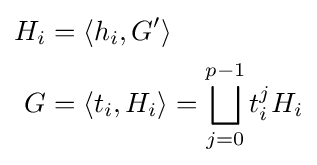
{\begin{aligned}H_{i}&=\langle h_{i},G'\rangle \\G&=\langle t_{i},H_{i}\rangle =\bigsqcup _{j=0}^{p-1}t_{i}^{j}H_{i}\end{aligned}}